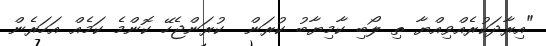
"އިރާދަކުރެއްވިއްޔާ ތި ލޯބި ކާމިޔާބު ކުރަން  ކުރަންޖެހޭ ކޮންމެ ކަމެއް އަހަރެން